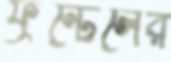
ফ্রন্টেলের